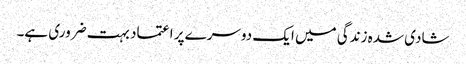
شادی شدہ زندگی میں ایک دوسرے پر اعتماد بہت ضروری ہے۔